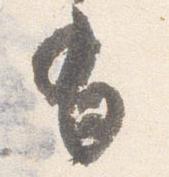
有